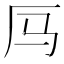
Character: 𪠃